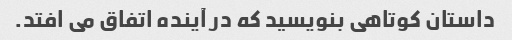
داستان کوتاهی بنویسید که در آینده اتفاق می افتد.